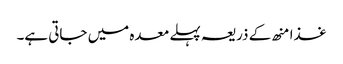
غذا منھ کے ذریعہ پہلے معدہ میں جاتی ہے۔